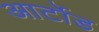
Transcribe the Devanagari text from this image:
आर्टोड